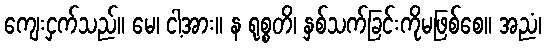
ကျေးငှက်သည်။ မေ၊ ငါ့အား။ န ရုစ္စတိ၊ နှစ်သက်ခြင်းကိုမဖြစ်စေ။ အညံ၊